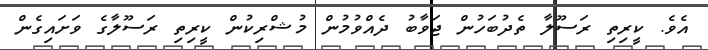
އެވެ. ކީރިތި ރަސޫލާ ތެދުބަހުން ޖަވާބު ދެއްވުމުން މުޝްރިކުން ކީރިތި ރަސޫލާގެ ވަށައިގެން